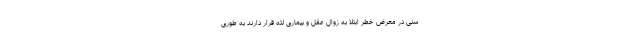
سنی در معرض خطر ابتلا به زوال عقل و بیماری لثه قرار دارند به طوری